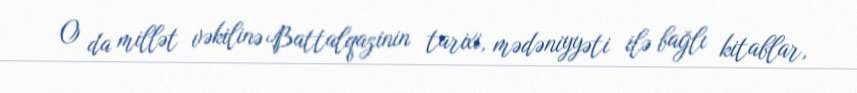
O da millət vəkilinə Battalqazinin tarixi, mədəniyyəti ilə bağlı kitablar,